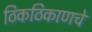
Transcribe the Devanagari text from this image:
ठिकठिकाणचे